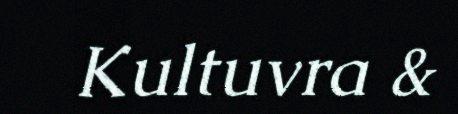
Kultuvra &